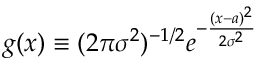
g ( x ) \equiv ( 2 \pi \sigma ^ { 2 } ) ^ { - 1 / 2 } e ^ { - \frac { ( x - a ) ^ { 2 } } { 2 \sigma ^ { 2 } } }